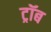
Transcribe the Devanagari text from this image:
ट्रॉब